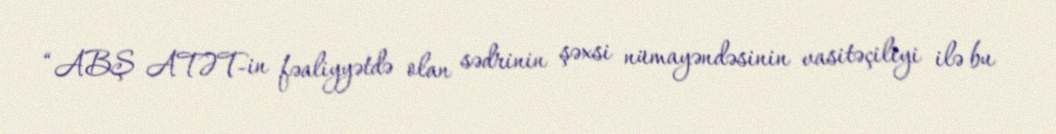
“ABŞ ATƏT-in fəaliyyətdə olan sədrinin şəxsi nümayəndəsinin vasitəçiliyi ilə bu